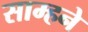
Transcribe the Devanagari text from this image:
साम्हने